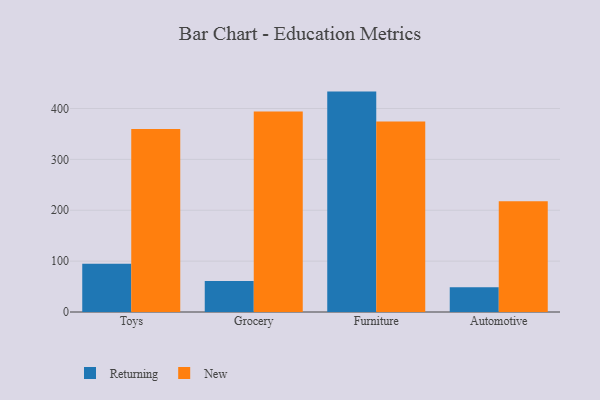
{"axis": {"x": "Category", "y": "Latency (ms)"}, "legend": ["New", "Returning"], "data": [{"x": "Toys", "y": 94.9, "type": "Returning"}, {"x": "Toys", "y": 359.7, "type": "New"}, {"x": "Grocery", "y": 61.0, "type": "Returning"}, {"x": "Grocery", "y": 394.3, "type": "New"}, {"x": "Furniture", "y": 433.2, "type": "Returning"}, {"x": "Furniture", "y": 374.2, "type": "New"}, {"x": "Automotive", "y": 48.7, "type": "Returning"}, {"x": "Automotive", "y": 217.6, "type": "New"}]}